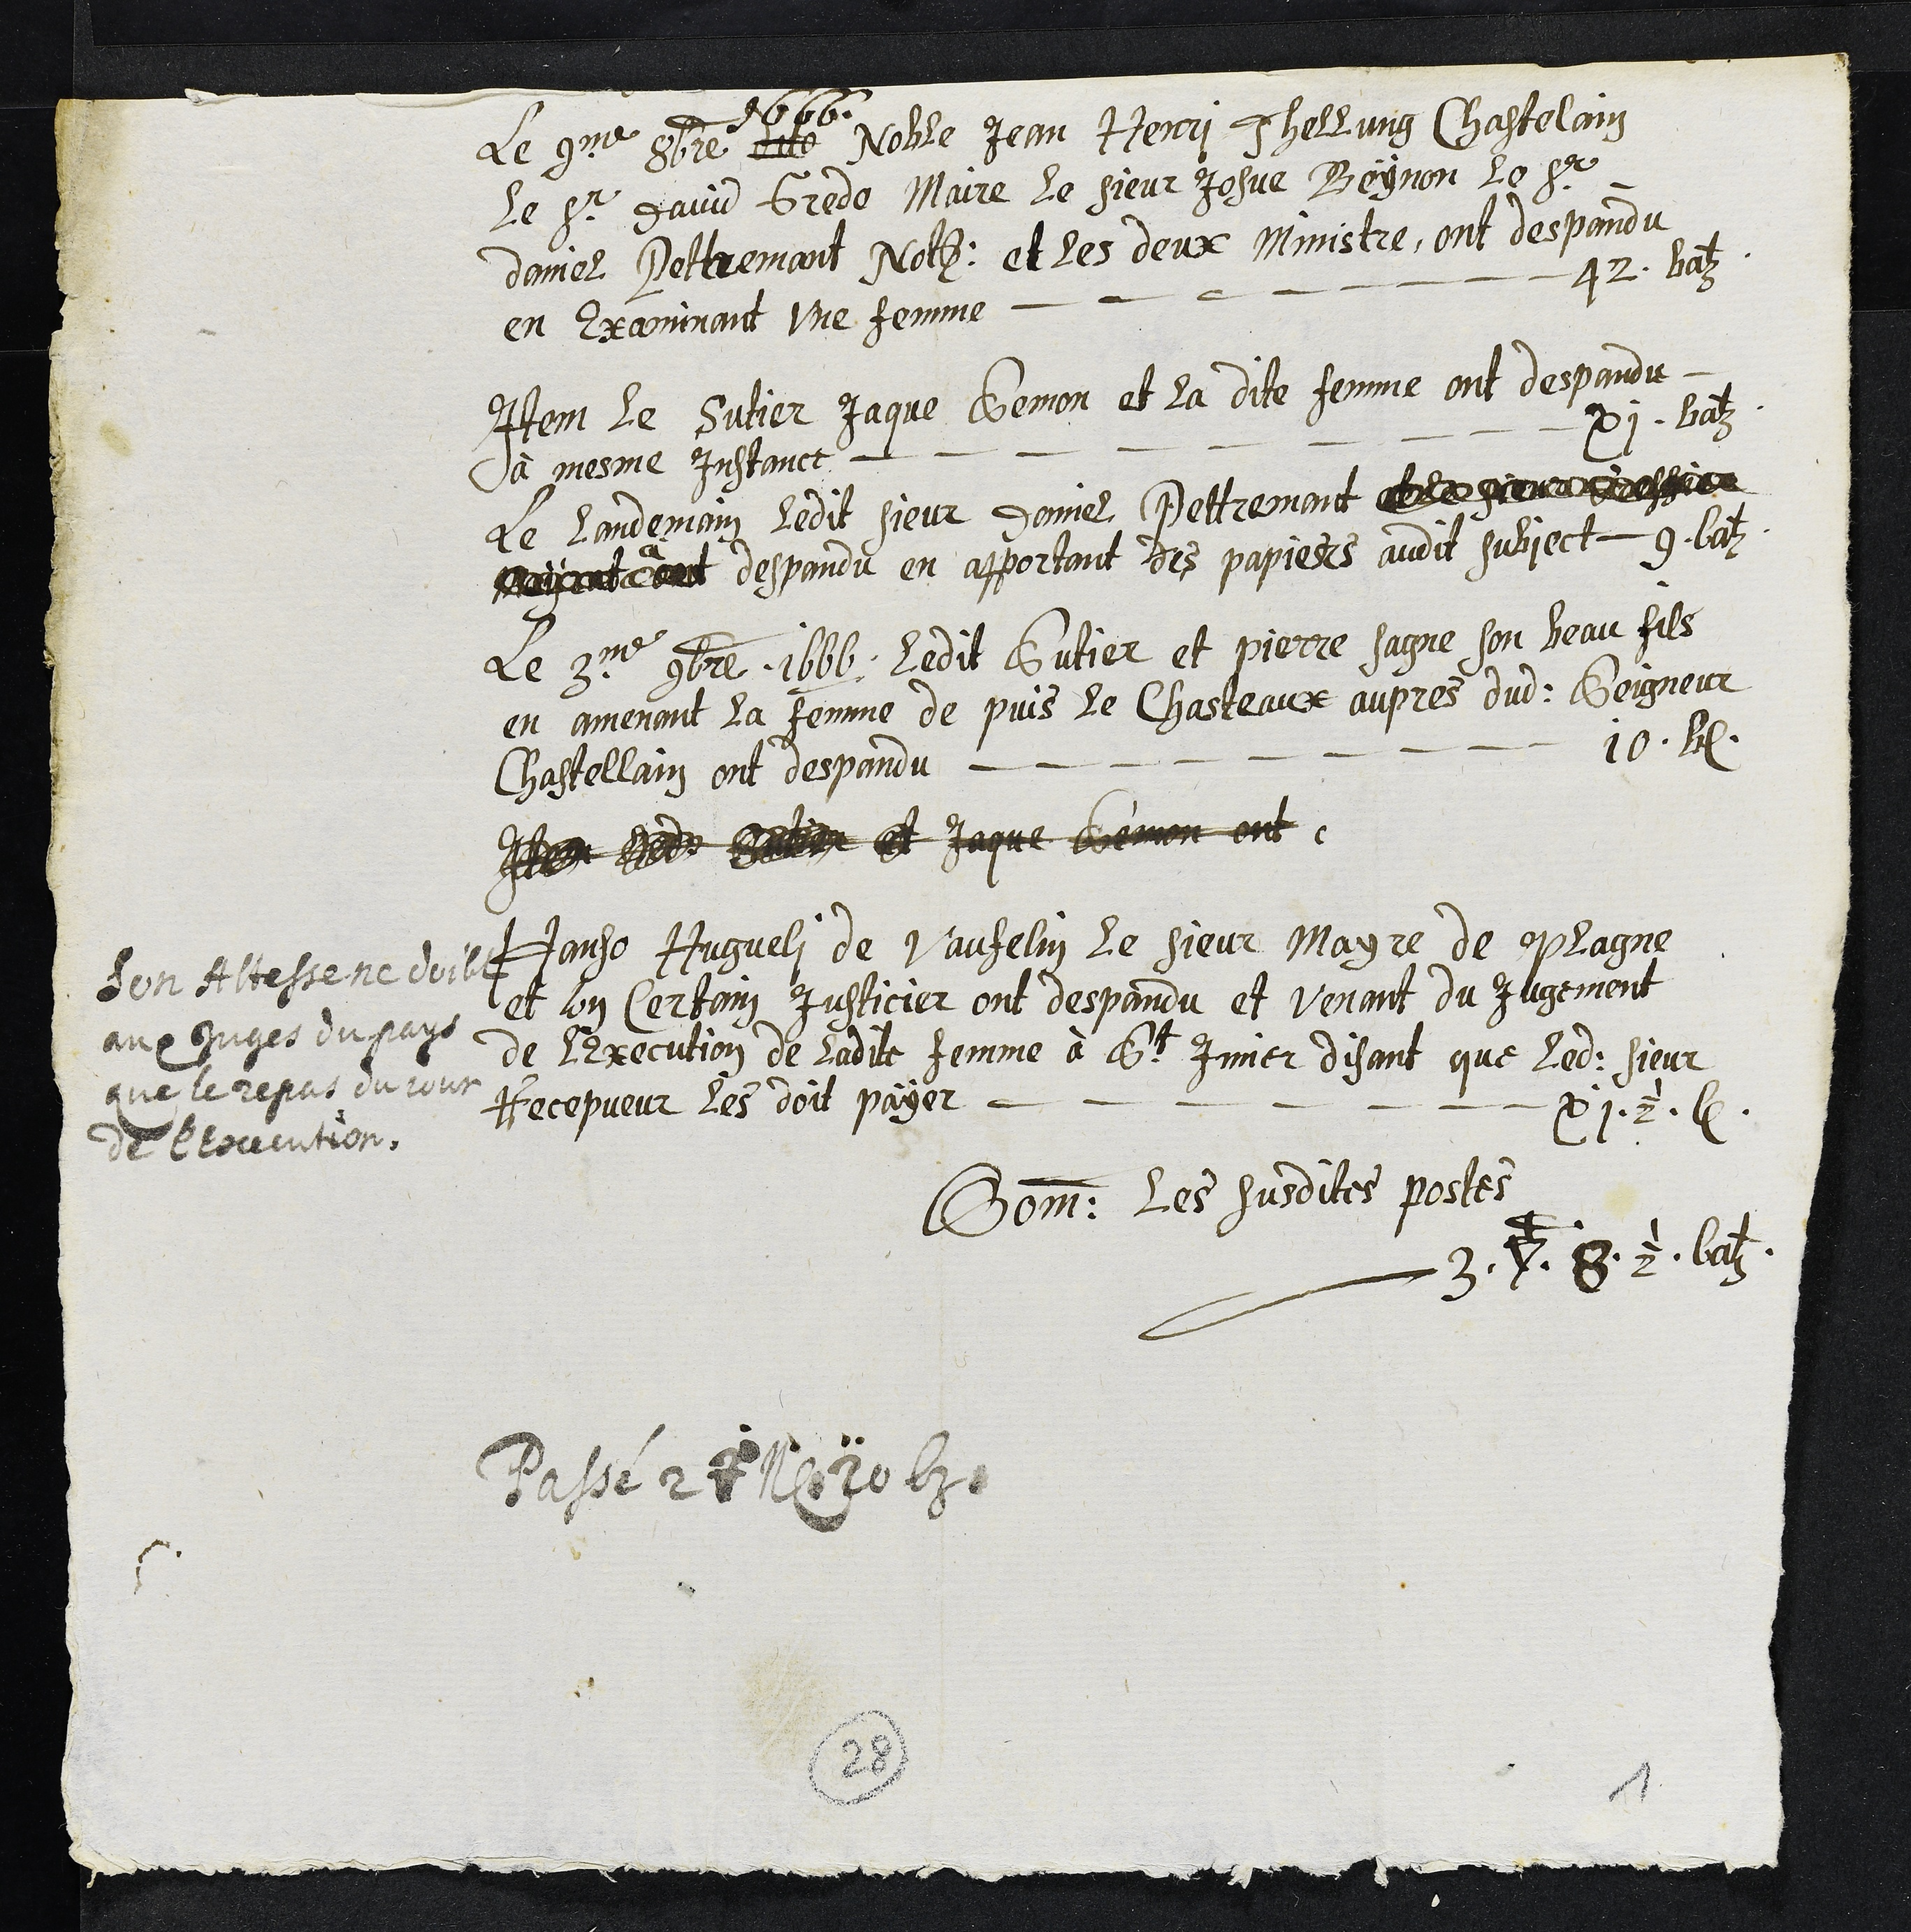
1666
Le 9me 8bre dito Noble Jean Henri Tellung Chastelain
Le Sr David Grede Maire le sieur Josue Beynon le Sr
daniel Pettremant Notaire et les deux ministre, ont despandu
en Examinant une femme 42 batz
Item le sutier Jaque Semon et la dite femme ont despandu
à mesme Instanct xi batz
Le landemain ledit sieur Daniel Pettremant
à
despandu en apportant des papiers audit subject 9 batz
Le 3me 9bre 1666 ledit Sutier et Pierre Sagne son beau fils
en amenant la femme de puis le Chasteaux aupres dudit Seigneur
Chastellain ont despandu 10 batz
Item ledit Sutier et  Jaque Semon ont
Hans Hugueli de Vaufelin le sieur Mayre de Plagne
et un Certain Justicier ont despandu et venant du jugement
de l'Execution de ladite femme à St Imier disant que ledit sieur
Recepveur les doit payer xi 1/2 b
Son Altesse ne doibt
aux juges du pays
que le repas du jour
de l'Execution.
Somme les susdites postes
3 Couronnes 8 1/2 batz
Passé 27 N 20 batz
28
1